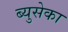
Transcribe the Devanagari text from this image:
ब्युसेका